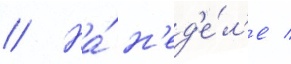
// На́ н'ед'е́л'е /